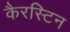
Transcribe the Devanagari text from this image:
कैरस्टिन